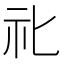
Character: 𥘇